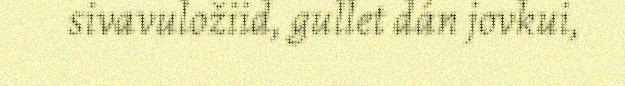
sivavuložiid, gullet dán jovkui,